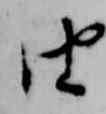
由